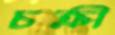
চক্রী